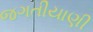
જગતીયાણી